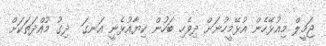
ޖަމީލް މިއުޅޭހެން އުޅޭމީހުނަށް ދިވެހި ބަހުން ކިޔާއުޅެނީ އަނގަ  ދިގު މުއްދަތަކަށް